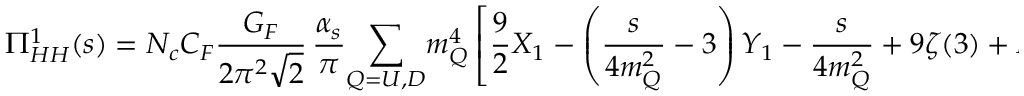
\Pi _ { H H } ^ { 1 } ( s ) = N _ { c } C _ { F } { \frac { G _ { F } } { 2 \pi ^ { 2 } \sqrt 2 } } \, { \frac { \alpha _ { s } } { \pi } } \! \sum _ { Q = U , D } \! m _ { Q } ^ { 4 } \left[ { \frac { 9 } { 2 } } X _ { 1 } - \left( { \frac { s } { 4 m _ { Q } ^ { 2 } } } - 3 \right) Y _ { 1 } - { \frac { s } { 4 m _ { Q } ^ { 2 } } } + 9 \zeta ( 3 ) + H _ { 1 } \left( { \frac { s } { 4 m _ { Q } ^ { 2 } } } \right) \right] ,